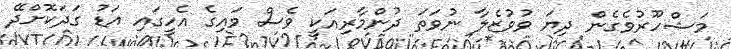
މަޝްހޫރުވެގެން ދިޔަ ވުވުޒެލާ ނުވަތަ ދުންމާރިއަކީ ވެސް ވައިގެ އެހީގައި އަޑު ގަދަކޮށްދޭ